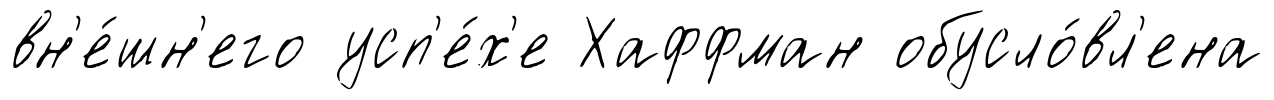
вн'е́шн'его усп'е́х'е Хаффман обусло́вл'ена